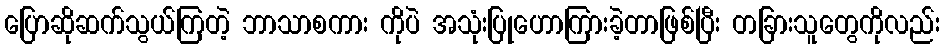
ပြောဆိုဆက်သွယ်ကြတဲ့ ဘာသာစကား ကိုပဲ အသုံးပြုဟောကြားခဲ့တာဖြစ်ပြီး တခြားသူတွေကိုလည်း